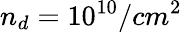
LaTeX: n_{d}=10^{10}/cm^{2}